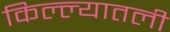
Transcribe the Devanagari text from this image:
किल्ल्यातली